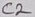
Text: C2